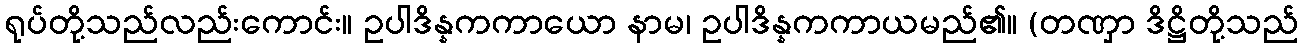
ရုပ်တို့သည်လည်းကောင်း။ ဥပါဒိန္နကကာယော နာမ၊ ဥပါဒိန္နကကာယမည်၏။ (တဏှာ ဒိဋ္ဌိတို့သည်